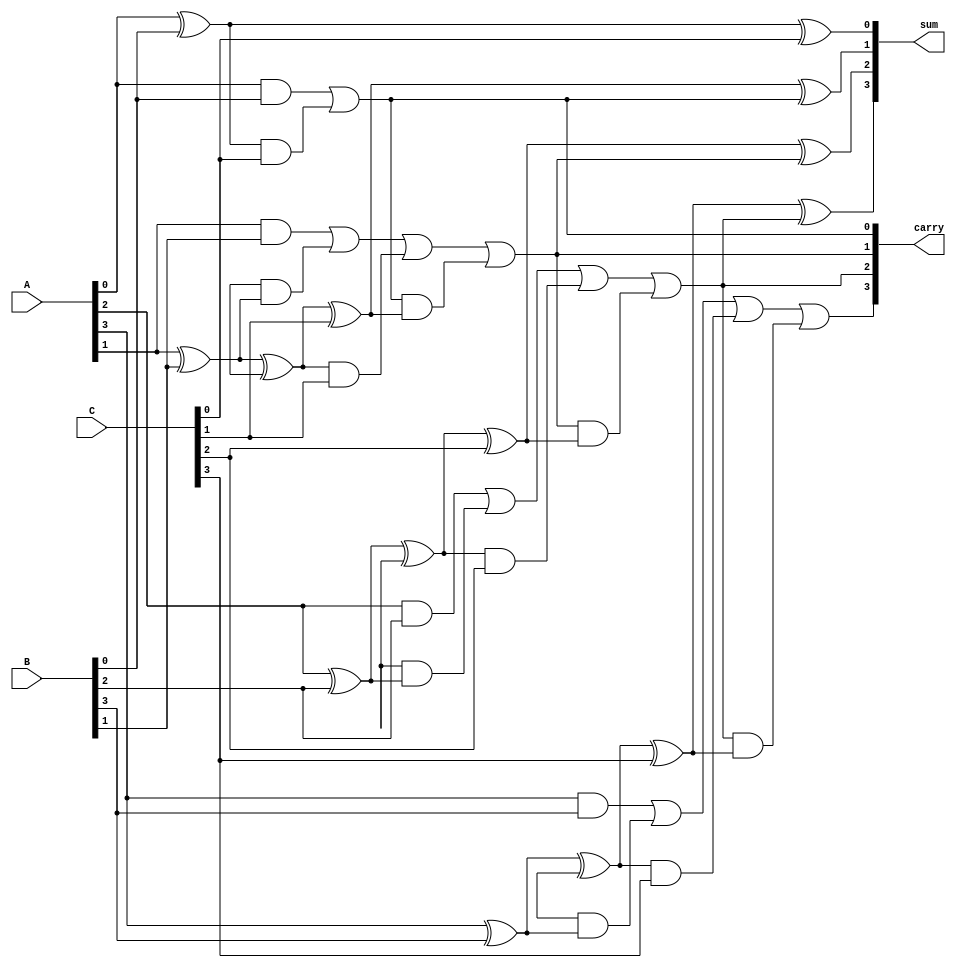
module ModifiedCarrySaveAdder (
    input [3:0] A, // First 4-bit input
    input [3:0] B, // Second 4-bit input
    input [3:0] C, // Third 4-bit input
    output [3:0] sum, // 4-bit sum output
    output [3:0] carry // 4-bit carry output
);

// Intermediate wires for Half Adders and Full Adders
wire [3:0] s1, c1, c2;

// First level of addition (using Full Adders and Half Adders)
genvar i;
generate
    // Half Adders for first and second inputs
    for (i = 0; i < 4; i = i + 1) begin : HA
        if (i == 0) begin
            assign s1[i] = A[i] ^ B[i]; // First Half Adder
            assign c1[i] = A[i] & B[i]; // Carry from A and B
        end else begin
            assign s1[i] = A[i] ^ B[i] ^ c2[i-1]; // Full Adder for subsequent bits
            assign c1[i] = (A[i] & B[i]) | (c2[i-1] & (A[i] ^ B[i])); // Carry calculation
        end
    end
endgenerate

// Second level of addition (combine with third input)
generate
    for (i = 0; i < 4; i = i + 1) begin : FA
        if (i == 0) begin
            assign sum[i] = s1[i] ^ C[i]; // Sum calculation with third input
            assign carry[i] = c1[i] | (s1[i] & C[i]); // Final carry calculation
        end else begin
            assign sum[i] = s1[i] ^ C[i] ^ carry[i-1];
            assign carry[i] = c1[i] | (s1[i] & C[i]) | (carry[i-1] & (s1[i] ^ C[i]));
        end
    end
endgenerate

endmodule